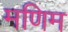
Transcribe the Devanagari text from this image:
मणिम